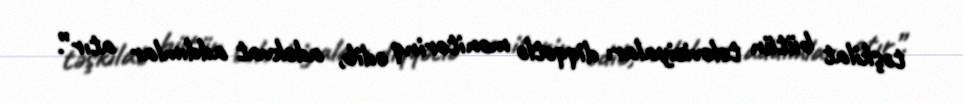
təşkilat bütün televiziyaları diqqətlə monitorinq edib, adekvat addımlar atır”.